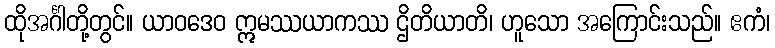
ထိုအင်္ဂါတို့တွင်။ ယာဝဒေဝ ဣမဿယာကဿ ဌိတိယာတိ၊ ဟူသော အကြောင်းသည်။ ဧကံ၊